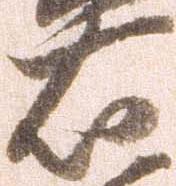
右